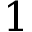
1